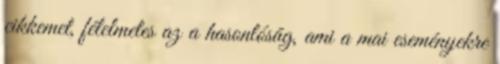
cikkemet, félelmetes az a hasonlóság, ami a mai eseményekre